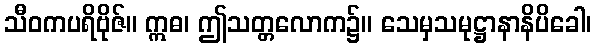
သီဝကပရိဗိုဇ်။ ဣဓ၊ ဤသတ္တလောက၌။ သေမှသမုဋ္ဌာနာနိပိခေါ၊